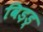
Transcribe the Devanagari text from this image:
विड़ड्